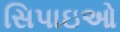
સિપાઇઓ